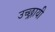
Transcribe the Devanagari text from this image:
उच्छ्रायी